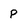
Character: P